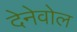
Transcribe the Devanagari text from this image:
देनेवोल